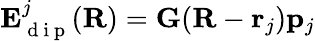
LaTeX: \mathbf E_{\mathrm{~d~i~p~}}^{j}(\mathbf{R})=\mathbf G(\mathbf{R}-\mathbf{r}_{j})\mathbf{p}_{j}